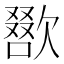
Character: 𣤌